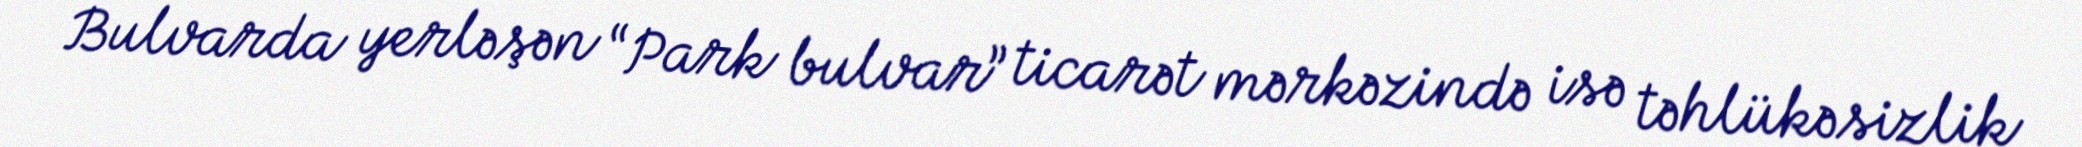
Bulvarda yerləşən “Park bulvar” ticarət mərkəzində isə təhlükəsizlik